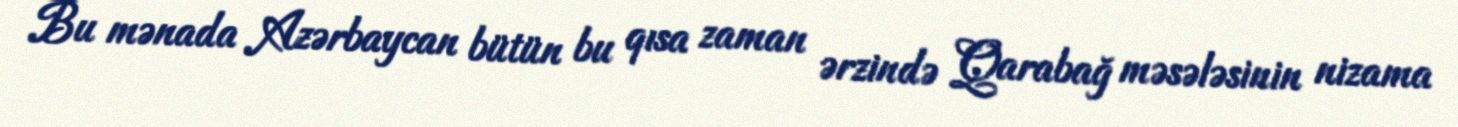
Bu mənada Azərbaycan bütün bu qısa zaman ərzində Qarabağ məsələsinin nizama